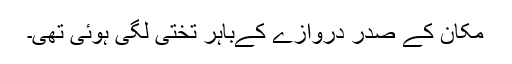
مکان کے صدر دروازے کےباہر تختی لگی ہوئی تھی۔